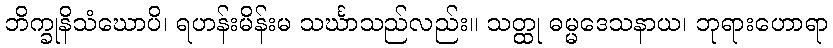
ဘိက္ခုနိသံဃောပိ၊ ရဟန်းမိန်းမ သင်္ဃာသည်လည်း။ သတ္ထု ဓမ္မဒေသနာယ၊ ဘုရားဟောရာ